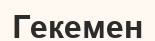
Гекемен